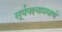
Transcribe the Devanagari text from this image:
सूर्यपक्ष्याप्रमाणे